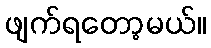
ဖျက်ရတော့မယ်။